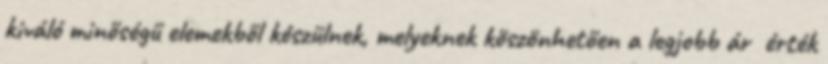
kiváló minőségű elemekből készülnek, melyeknek köszönhetően a legjobb ár érték